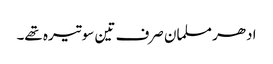
ادھر مسلمان صرف تین سو تیرہ تھے۔